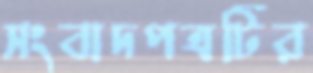
সংবাদপত্রটির